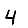
Digit: 4